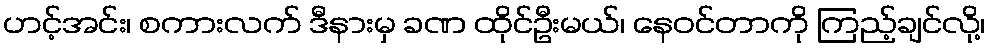
ဟင့်အင်း၊ စကားလက် ဒီနားမှ ခဏ ထိုင်ဦးမယ်၊ နေဝင်တာကို ကြည့်ချင်လို့၊